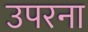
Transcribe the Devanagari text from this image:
उपरना